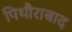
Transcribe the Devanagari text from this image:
पिथौराबाद